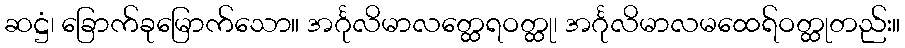
ဆဋ္ဌံ၊ ခြောက်ခုမြောက်သော။ အင်္ဂုလိမာလတ္ထေရဝတ္ထု၊ အင်္ဂုလိမာလမထေရ်ဝတ္ထုတည်း။